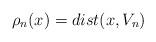
LaTeX: \begin{align*} \rho_n(x) = dist(x,V_n)\end{align*}